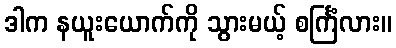
ဒါက နယူးယောက်ကို သွားမယ့် စင်္ကြံလား။